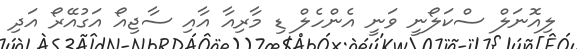
ލިއޮނަލް ސްކަލޯނީ ވަނީ އެންހެލް ޑި މާރިއާ އާއި ސާޖިއޯ އަގުއޭރޯ އަދި